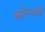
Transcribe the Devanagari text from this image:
व्होल्गाचे